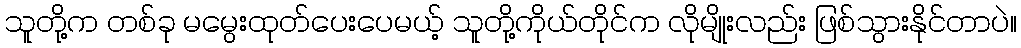
သူတို့က တစ်ခု မမွေးထုတ်ပေးပေမယ့် သူတို့ကိုယ်တိုင်က လိုမျိုးလည်း ဖြစ်သွားနိုင်တာပဲ။